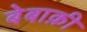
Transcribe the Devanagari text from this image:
बेबाक़ी